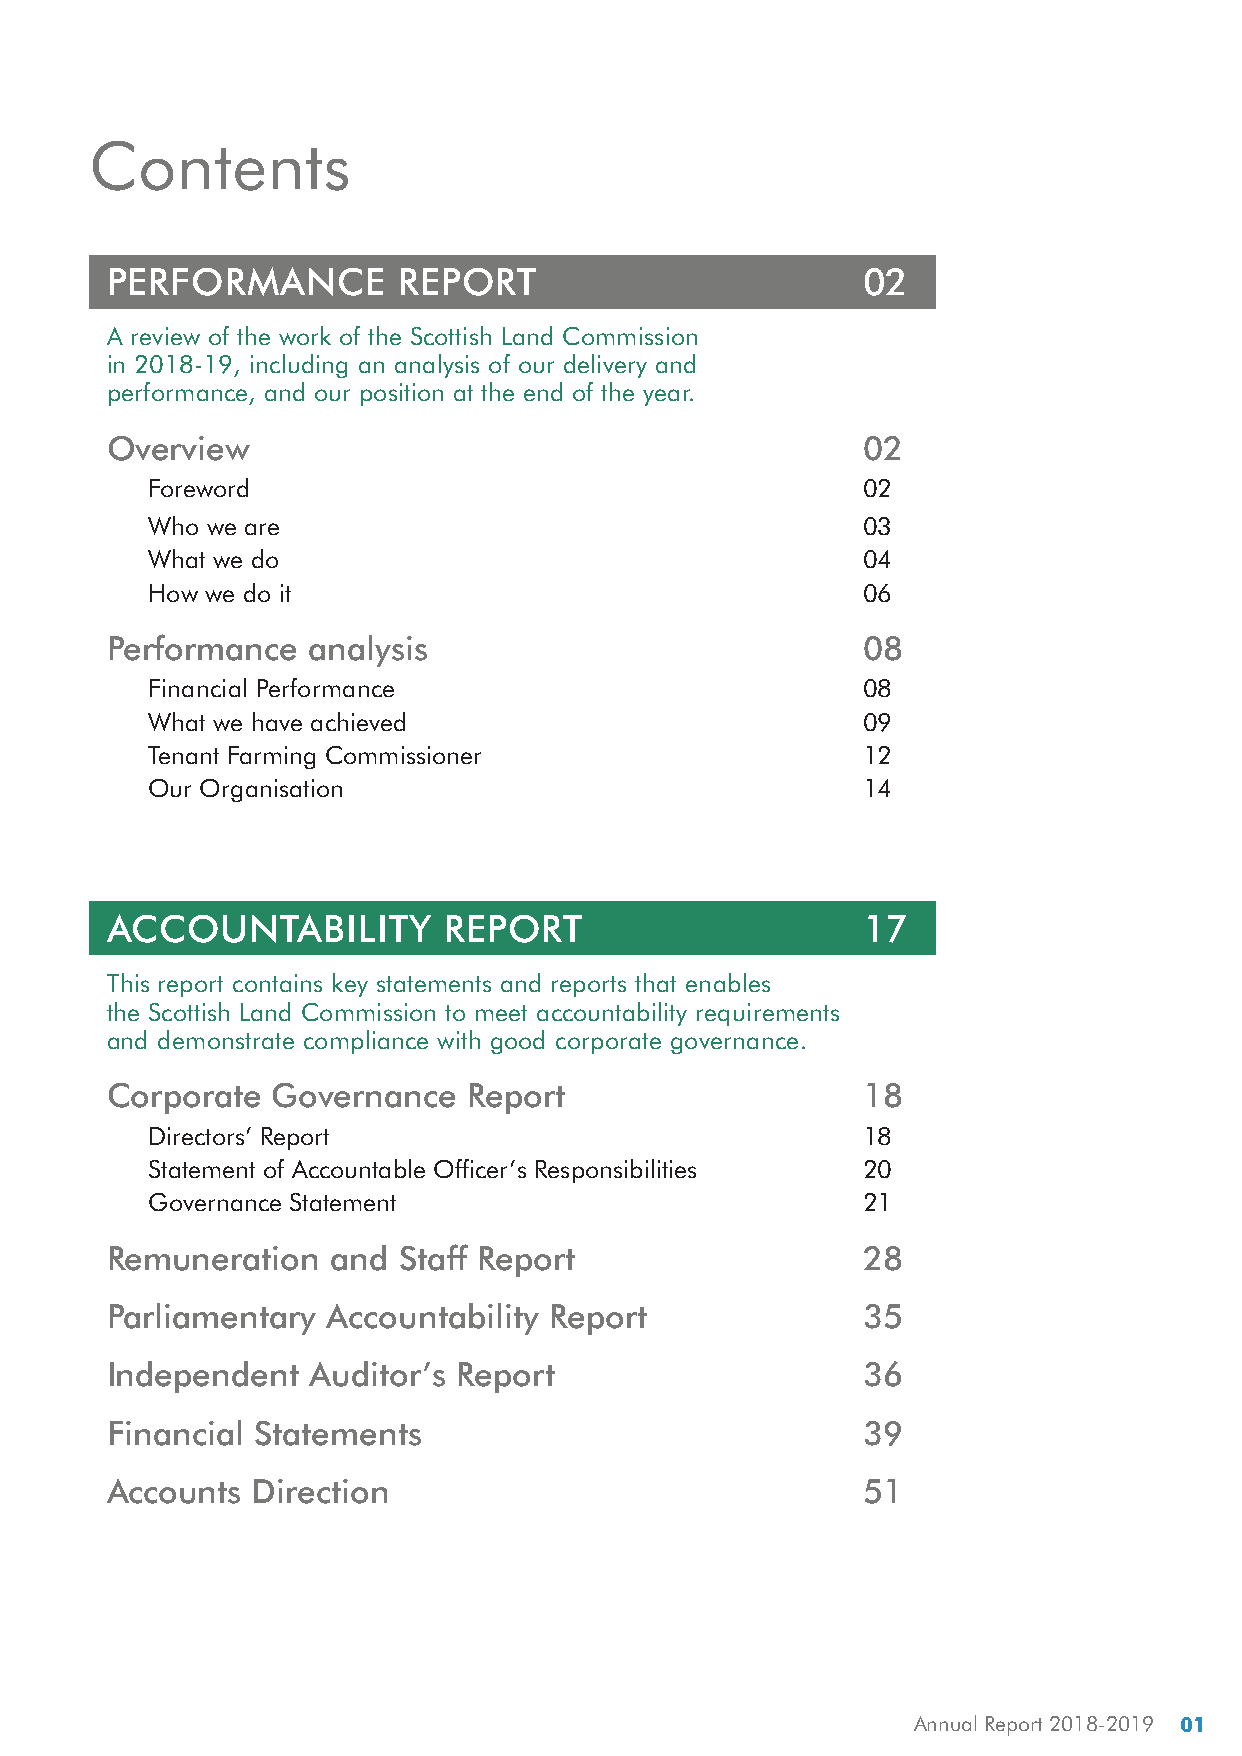
Contents
 PERFORMANCE         REPORT                        02
 A review of the work of the Scottish Land Commission
 in 2018-19, including an analysis of our delivery and
 performance, and our position at the end of the year.
 Overview                                          02
 Foreword                                       02
 Who we are                                     03
 What we do                                     04
 How we do it                                   06
 Performance   analysis                            08
 Financial Performance                          08
 What we have achieved                          09
 Tenant Farming Commissioner                    12
 Our Organisation                               14
 ACCOUNTABILITY         REPORT                     17
 This report contains key statements and reports that enables
 the Scottish Land Commission to meet accountability requirements
 and demonstrate compliance with good corporate governance.
 Corporate  Governance   Report                    18
 Directors’ Report                              18
 Statement of Accountable Officer’s Responsibilities 20
 Governance Statement                           21
 Remuneration   and  Staff Report                  28
 Parliamentary  Accountability Report              35
 Independent   Auditor’s Report                    36
 Financial Statements                              39
 Accounts  Direction                               51
 Annual Report 2018-2019 01